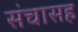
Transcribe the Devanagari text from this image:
संचासह